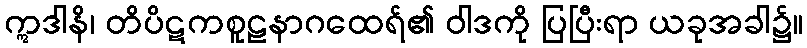
ဣဒါနိ၊ တိပိဋကစူဠနာဂထေရ်၏ ဝါဒကို ပြပြီးရာ ယခုအခါ၌။